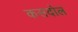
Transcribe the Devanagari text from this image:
कसदोल